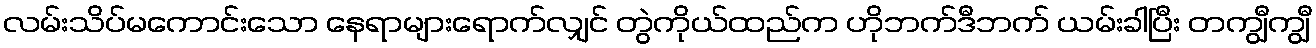
လမ်းသိပ်မကောင်းသော နေရာများရောက်လျှင် တွဲကိုယ်ထည်က ဟိုဘက်ဒီဘက် ယမ်းခါပြီး တကျွီကျွီ